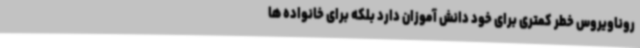
روناویروس خطر کمتری برای خود دانش آموزان دارد بلکه برای خانواده ها